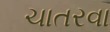
ચાતરવા